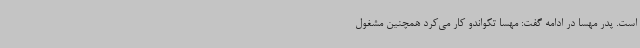
است. پدر مهسا در ادامه گفت: مهسا تکواندو کار می‌کرد همچنین مشغول